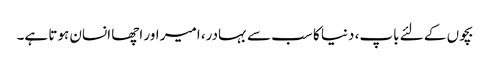
بچوں کے لئے باپ، دنیا کا سب سے بہادر، امیر اور اچھا انسان ہوتا ہے۔